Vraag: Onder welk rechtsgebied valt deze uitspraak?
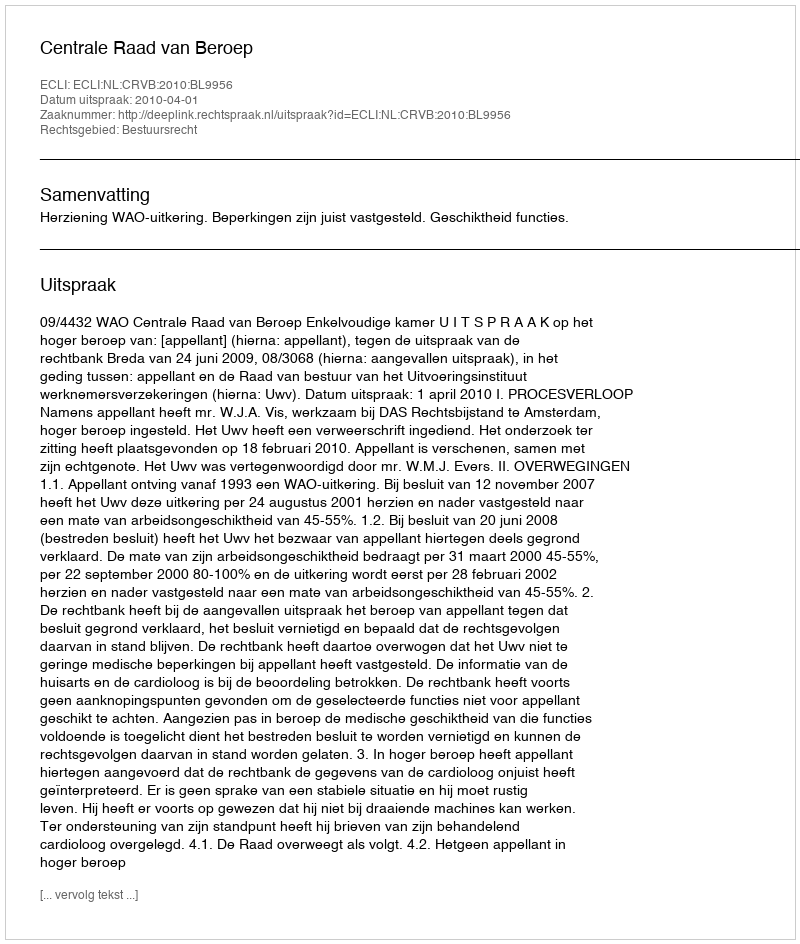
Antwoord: Bestuursrecht